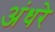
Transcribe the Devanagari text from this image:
अंधरे